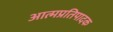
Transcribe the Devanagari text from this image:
आत्मप्रतिपादक